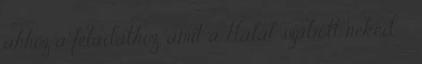
ahhoz a feladathoz, amit a Halál szabott neked. -